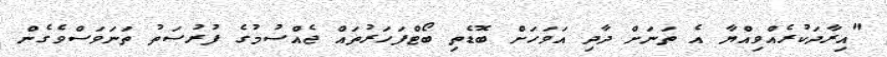
"އިރާދަކުރެއްވިއްޔާ އެ ތަނަށް ދާދި އަވަހަށް ބޮޑެތި ބޯޓްފަހަރުތައް ޖެއްސުމުގެ ފުރުސަތު ތަނަވަސްވެގެން